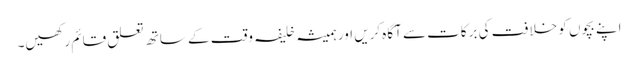
اپنے بچوں کو خلافت کی برکات سے آگاہ کریں اور ہمیشہ خلیفہ وقت کے ساتھ تعلق قائم رکھیں۔